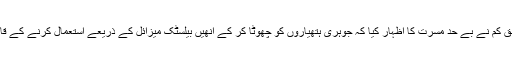
اخبار کے مطابق کم نے بے حد مسرت کا اظہار کیا کہ جوہری ہتھیاروں کو چھوٹا کر کے انھیں بیلسٹک میزائل کے ذریعے استعمال کرنے کے قابل بنایا گیا ہے۔